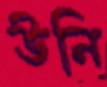
উনি